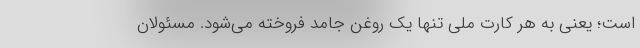
است؛ یعنی به هر کارت ملی تنها یک روغن جامد فروخته می‌شود. مسئولان